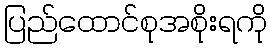
ပြည်ထောင်စုအစိုးရကို